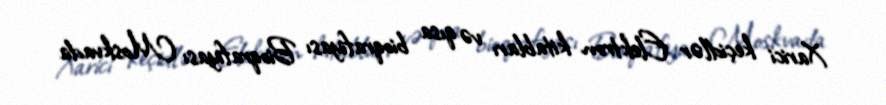
Xarici keçidlər Elektron kitabları və qısa bioqrafiyası Bioqrafiyası Moskvada